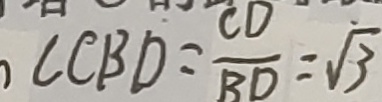
\angle C B D = \frac { C D } { B D } = \sqrt { 3 }